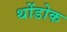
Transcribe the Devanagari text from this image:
थोंडोक